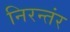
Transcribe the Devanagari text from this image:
निरन्तंर